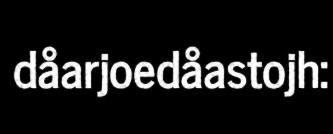
dåarjoedåastojh: